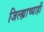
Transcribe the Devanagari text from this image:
जिल्ह्याच्याही